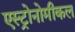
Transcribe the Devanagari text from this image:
एस्ट्रोनोमीकल